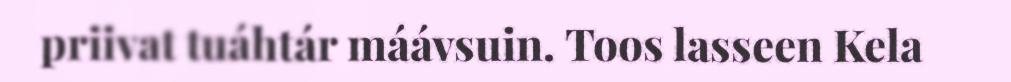
priivat tuáhtár máávsuin. Toos lasseen Kela